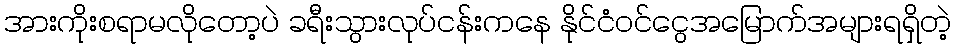
အားကိုးစရာမလိုတော့ပဲ ခရီးသွားလုပ်ငန်းကနေ နိုင်ငံ၀င်ငွေအမြောက်အများရရှိတဲ့